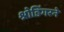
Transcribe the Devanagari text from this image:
श्रोडिंगरने